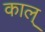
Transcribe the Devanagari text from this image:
काल्